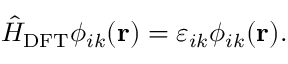
\hat { H } _ { \mathrm { D F T } } \phi _ { i k } ( \mathbf { r } ) = \varepsilon _ { i k } \phi _ { i k } ( \mathbf { r } ) .